Statistical return of the lunatic asylum in Assam - 1912-1932
Year: 1912
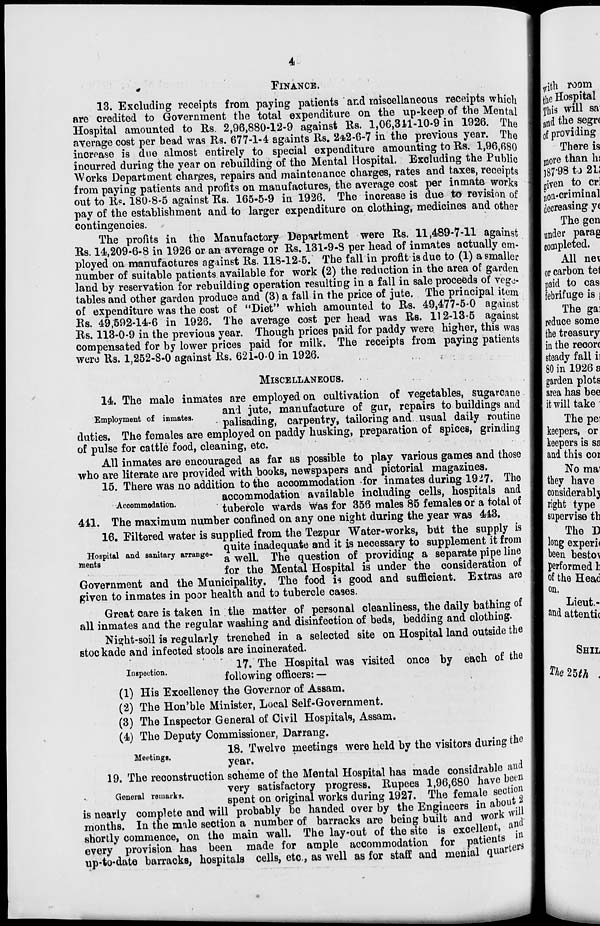
4,
#
FINANCE.
13. Excluding receipts from paying patients and miscellaneous receipts which
are credited to Government the total expenditure on the up-keep of the Mental
Hospital amounted to Rs. 2,96,880-12-9 against Rs. 1,06,311-10-9 in 1926. The
average cost per bead was Rs. 677-1-4 againts Rs. 2*2-6-7 in the previous year. The
increase is due almost entirely to special expenditure amounting to Rs. 1,96,680
incurred during the year on rebuilding of the Mental Hospital. Excluding the Public
Works Department charges, repairs and maintenance charges, rates and taxes, receipts
from paying patients and profits on manufactures, the average cost per inmate works
out to R«. 180-8-5 against Rs. 165-5-9 in 1926. The increase is due to revision of
pay of the establishment and to larger expenditure on clothing, medicines and other
contingencies.
The profits in the Manufactory Department were Rs. 11,489-7-11 against
Rs. 14,209-6-8 in 1926 or an average or Rs. 131-9-8 per head of inmates actually em-
ployed on manufactures against Rs. 118-12-5. The fall in profit is due to (1) a smaller
number of suitable patients available for work (2) the reduction in the area of garden
land by reservation for rebuilding operation resulting in a fall in sale proceeds of vege-
tables and other garden produce and (3) a fall in the price of jute. The principal item
of expenditure was the cost of "Diet" which amounted to Rs. 49,477-5-0 against
Rs. 49,592-14-6 in 1926. The average cost per head was Rs. 112-13-5 against
Rs. 113-0-9 in the previous year. Though prices paid for paddy were higher, this was
compensated for by lower prices paid for milk. The receipts from paying patients
were Rs. 1,252-8-0 against Rs. 621-0-0 in 1926.
MISCELLANEOUS.
14. The male inmates are employed on cultivation of vegetables, sugarcane
and jute, manufacture of gur, repairs to buildings and
Empoymen o mma es.
palisading, carpentry, tailoring and usual daily routine
duties. The females are employed on paddy husking, preparation of spices, grinding
of pulse for cattle food, cleaning, etc.
All inmates are encouraged as far as possible to play various games and those
who are literate are provided with books, newspapers and pictorial magazines.
15. There was no addition to the accommodation for inmates during 1927. The
accommodation available including cells, hospitals and
Accommodation.
tubercle wards was for 356 males 85 females or a total of
441. The maximum number confined on any one night during the year was 443.
16. Filtered water is supplied from the Tezpur Water-works, but the supply is
„ .':
.
.
quite inadequate and it is necessary to supplement it from
Hospital and samtary arrange- J ^ ^ quesfcion of pr0V iding a Separate pipe line
for the Mental Hospital is under the consideration of
Government and the Municipality. The food is good and sufficient. Extras are
given to inmates in poor health and to tubercle cases.
Great care is taken in the matter of personal cleanliness, the daily bathing of
all inmates and the regular washing and disinfection of beds, bedding and clothing.
Nisjht-soil is regularly trenohed in a selected site on Hospital land outside the
stockade and infected stools are incinerated.
17. The Hospital was visited once by each of the
Inspect™.
following officers: -
(1) His Excellency the Governor of Assam.
(2) The Hon'ble Minister, Local Self-Government.
(3) The Inspector General of Civil Hospitals, Assam.
(4) The Deputy Commissioner, Darrang.
„ ,.
18. Twelve meetings were held by the visitors during the
Meetings.
•
"
6
year.
19. The reconstruction scheme of the Mental Hospital has made considrable and
very satisfactory progress. Rupees 1,96,680 have been
General remarks.
gpent Qa orighml WQpkg during 192?
The foma i e section
is nearly complete and will probably bo handed over by the Engineers in about
months. In the male section a number of barracks are being built and work Wi
shortly commence, on the main wall. The lay-out of the site is excellent, a n
every provision has been made for ample accommodation for patients »
up-to-date barracks, hospitals cells, etc., as well as for staff and menial quarter
ments